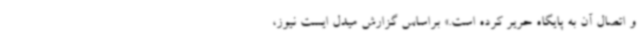
و اتصال آن به پایگاه حریر کرده است.» براساس گزارش میدل ایست نیوز،